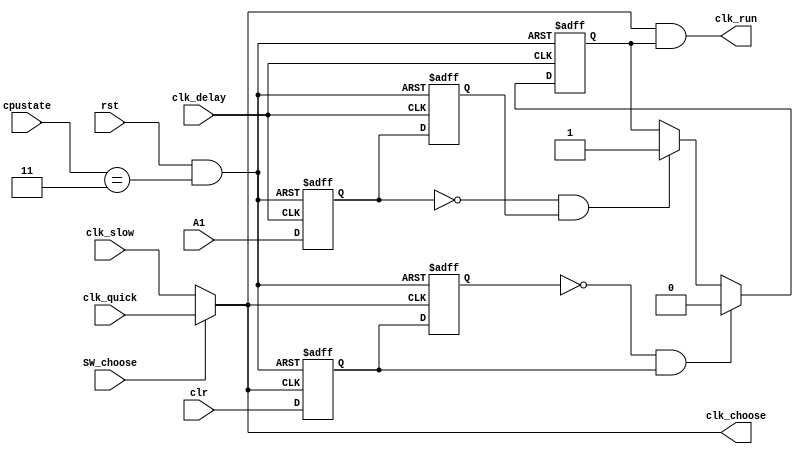
/**/
/*clk_quick1clk_divdiv_clk
   clk_slow1clk_divdiv_clk
   clk_delayA1A11clk_divdiv_clk
   clr1clrclk_run0
   rst1rst=0rstcpustatereset
   SW_choose11topSW15
   A1key1101top
   cpustateCPU2CPU_Controller
   clk_run1control
   clk_choose1arpc
*/
module qtsj(clk_quick,clk_slow,clk_delay,clr,rst,SW_choose,A1,cpustate,clk_run,clk_choose);
input clk_quick,clk_slow;
input clk_delay;
input clr;
input rst;
input SW_choose;
input A1;//key1
input [1:0] cpustate;
output clk_run,clk_choose;

reg A_d1,A_d2,clk_enable;
reg clr_d1,clr_d2;
wire reset;
wire A_Neg;
wire clr_Neg;

//wire clk_choose;
//wire clk_run;
assign reset = rst&(cpustate == 2'b11);
assign clk_choose = (SW_choose)?clk_quick:clk_slow;

always @(posedge clk_delay or negedge reset)//A11
begin
	if(!reset) A_d1 <= 1;
	else A_d1 <= A1;
end
always @(posedge clk_delay or negedge reset)//A12
begin
	if(!reset) A_d2 <= 1;
	else A_d2 <= A_d1;
end
assign A_Neg = (~A_d1)&A_d2;//A1A11

always @(posedge clk_choose or negedge reset)//clr1
begin
	if(!reset) clr_d1 <= 1;
	else clr_d1 <= clr;
end
always @(posedge clk_choose or negedge reset)//clr2
begin
	if(!reset) clr_d2 <= 1;
	else clr_d2 <= clr_d1;
end
assign clr_Neg = (~clr_d2)&clr_d1;//clrclr1


always @(posedge clk_delay or negedge reset)//A1clk_enable1clrclk_enable0
begin	
	if(!reset) clk_enable <= 0;
	else 
	begin
		if(clr_Neg) clk_enable <= 0;
		else if(A_Neg) clk_enable <= 1;
		else clk_enable <= clk_enable;
	end
end

assign clk_run = clk_choose & clk_enable;//clk_run


endmodule